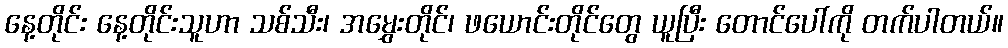
နေ့တိုင်း နေ့တိုင်းသူဟာ သစ်သီး၊ အမွှေးတိုင်၊ ဖယောင်းတိုင်တွေ ယူပြီး တောင်ပေါ်ကို တက်ပါတယ်။